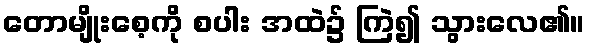
တောမျိုးစေ့ကို စပါး အထဲ၌ ကြဲ၍ သွားလေ၏။